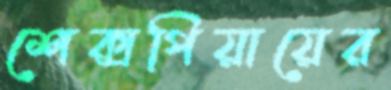
শেক্সপিয়ায়ের